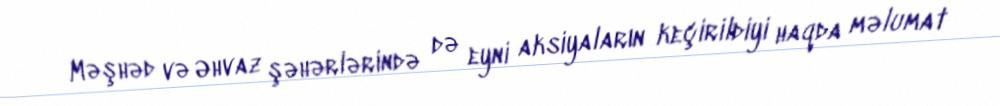
Məşhəd və Əhvaz şəhərlərində də eyni aksiyaların keçirildiyi haqda məlumat